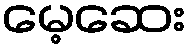
မေ့ဆေး